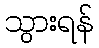
သွားရန်